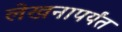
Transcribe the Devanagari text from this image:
लेखनापर्यंत